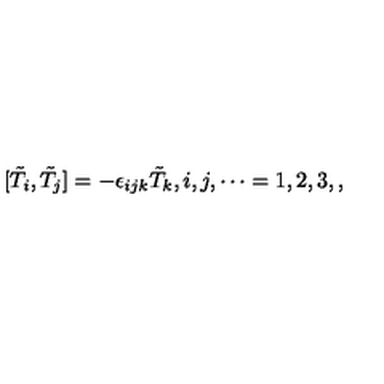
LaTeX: [ \tilde { T } _ { i } , \tilde { T } _ { j } ] = - \epsilon _ { i j k } \tilde { T } _ { k } , i , j , \cdots = 1 , 2 , 3 , ,